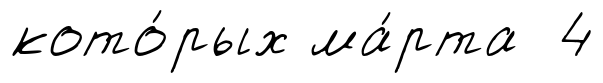
кото́рых ма́рта 4